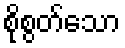
စိုစွတ်သော